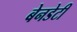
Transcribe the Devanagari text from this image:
बेनडेटी